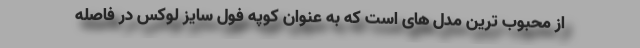
از محبوب ترین مدل های است که به عنوان کوپه فول سایز لوکس در فاصله